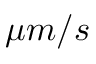
\mu m / s